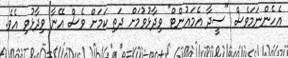
އެހެންނަމަވެސް "ސީދާ އެމައުންޓް" ވިދާޅުވުމަށް ދަތި ކަމަށް ވެސް އޭނާ ވިދާޅުވި އެވެ.